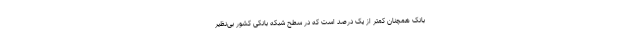
بانک همچنان کمتر از یک درصد است که در سطح شبکه بانکی کشور بی‌نظیر